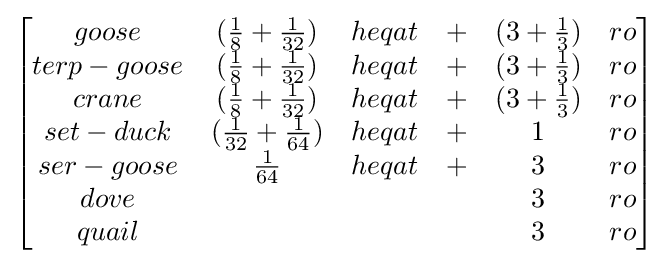
{\begin{bmatrix}goose&({\frac {1}{8}}+{\frac {1}{32}})&heqat&+&(3+{\frac {1}{3}})&ro\\terp-goose&({\frac {1}{8}}+{\frac {1}{32}})&heqat&+&(3+{\frac {1}{3}})&ro\\crane&({\frac {1}{8}}+{\frac {1}{32}})&heqat&+&(3+{\frac {1}{3}})&ro\\set-duck&({\frac {1}{32}}+{\frac {1}{64}})&heqat&+&1&ro\\ser-goose&{\frac {1}{64}}&heqat&+&3&ro\\dove&&&&3&ro\\quail&&&&3&ro\\\end{bmatrix}}